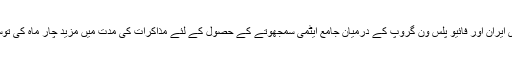
اسلامی جمہوری ایران اور فائیو پلس ون گروپ کے درمیان جامع ایٹمی سمجھوتے کے حصول کے لئے مذاکرات کی مدت میں مزید چار ماہ کی توسیع کر دی گئی۔